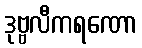
ဒုဗ္ဗလီကရဏော